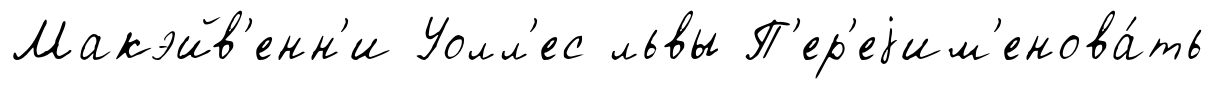
Макэйв'енн'и Уолл'ес львы П'ер'еjим'енова́ть